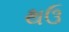
થઉ